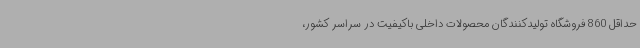
حداقل 860 فروشگاه تولیدکنندگان محصولات داخلی باکیفیت در سراسر کشور،